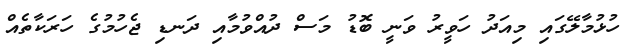
ހުޅުމާލޭގައި މިއަދު ހަވީރު ވަނީ ބޮޑު މަސް ދުއްވުމާއި ދަނޑި ޖެހުމުގެ ހަރަކާތެއް